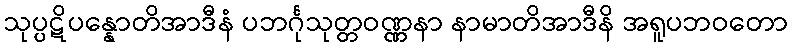
သုပ္ပဋိပန္နောတိအာဒီနံ ပဘင်္ဂုသုတ္တဝဏ္ဏနာ နာမာတိအာဒီနိ အရူပဘဝတော